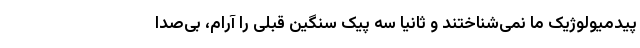
پیدمیولوژیک ما نمی‌شناختند و ثانیا سه پیک سنگین قبلی را آرام، بی‌صدا